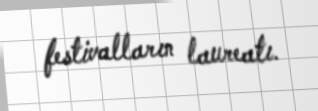
festivalların laureatı.